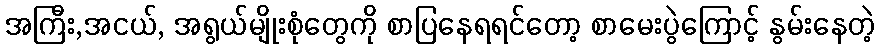
အကြီး,အငယ်, အရွယ်မျိုးစုံတွေကို စာပြနေရရင်တော့ စာမေးပွဲကြောင့် နွမ်းနေတဲ့